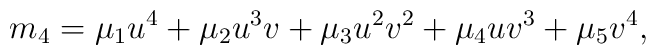
m_4 = \mu_1 u^4 + \mu_2 u^3v + \mu_3 u^2v^2 + \mu_4 u v^3+ \mu_5 v^4 ,